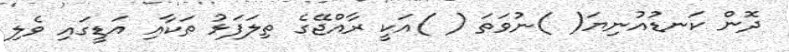
ދޮން ކަނޑުއުނިޔަ( )ނުވަތަ ( )އަކީ ރާއްޖޭގެ ތިލަފަޅު ތަކާއި އަޑީގައި ވެލި